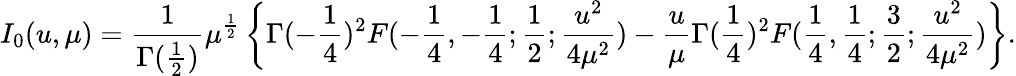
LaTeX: I_{0}(u,\mu)={\frac{1}{\Gamma({\frac{1}{2}})}}\mu^{{\frac{1}{2}}}\left\{ \Gamma(-{\frac{1}{4}})^{2}F(-{\frac{1}{4}},-{\frac{1}{4}};{\frac{1}{2}};{\frac{u^{2}}{4\mu^{2}}})-{\frac{u}{\mu}}\Gamma({\frac{1}{4}})^{2}F({\frac{1}{4}},{\frac{1}{4}};{\frac{3}{2}};{\frac{u^{2}}{4\mu^{2}}})\right\} .